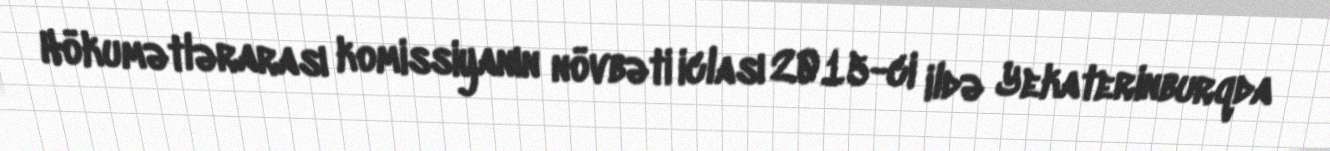
Hökumətlərarası komissiyanın növbəti iclası 2015-ci ildə Yekaterinburqda